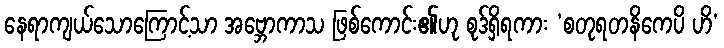
နေရာကျယ်သောကြောင့်သာ အဗ္ဘောကာသ ဖြစ်ကောင်း၏ဟု စုဒ်ရှိရကား ‘စတုရတနိကေပိ ဟိ’